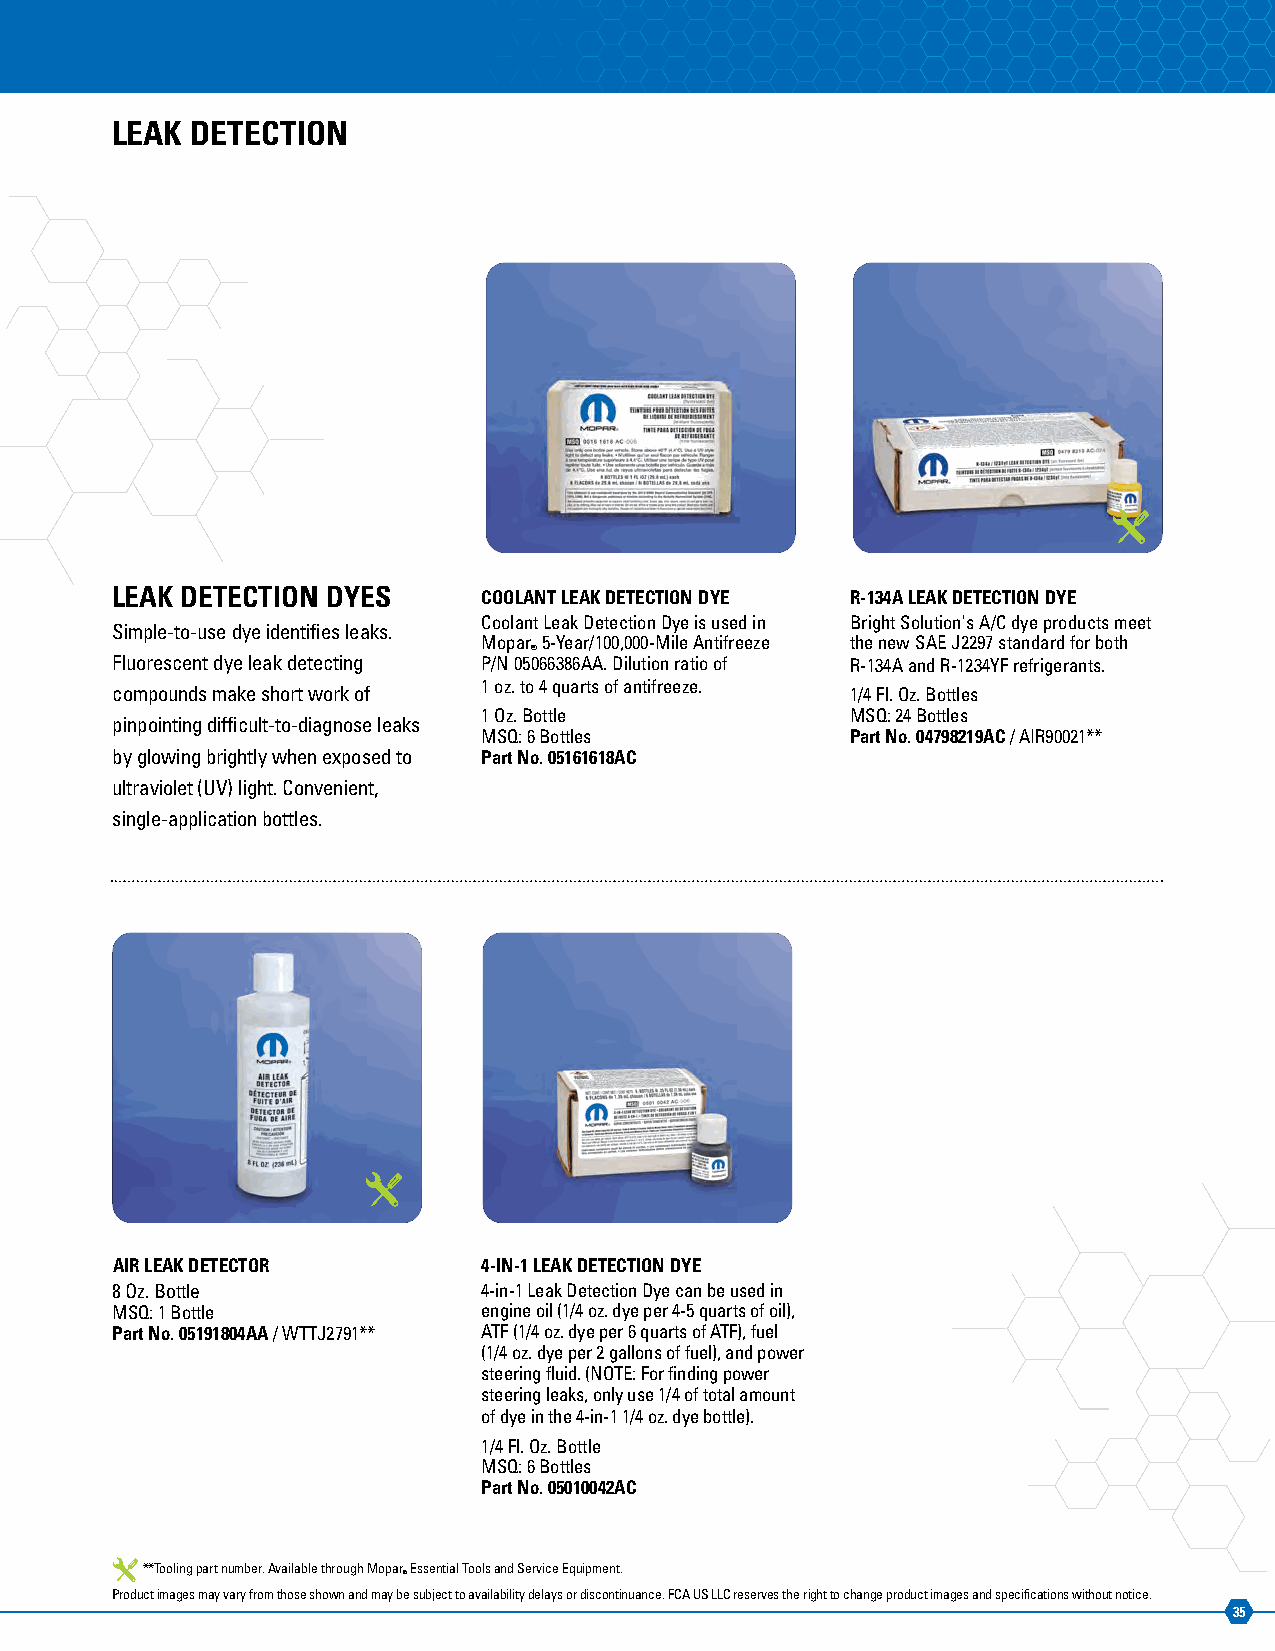
LEAK  DETECTION
 LEAK DETECTION DYES      COOLANT LEAK DETECTION DYE R-134A LEAK DETECTION DYE
 Coolant Leak Detection Dye is used in Bright Solution's A/C dye products meet
 Simple-to-use dye identifies leaks.
 Mopar 5-Year/100,000-Mile Antifreeze the new SAE J2297 standard for both
 ®
 Fluorescent dye leak detecting P/N 05066386AA. Dilution ratio of R-134A and R-1234YF refrigerants.
 1 oz. to 4 quarts of antifreeze.
 compounds make short work of                     1/4 Fl. Oz. Bottles
 1 Oz. Bottle            MSQ: 24 Bottles
 pinpointing difficult-to-diagnose leaks
 MSQ: 6 Bottles          Part No. 04798219AC / AIR90021**
 by glowing brightly when exposed to Part No. 05161618AC
 ultraviolet (UV) light. Convenient,
 single-application bottles.
 AIR LEAK DETECTOR        4-IN-1 LEAK DETECTION DYE
 8 Oz. Bottle             4-in-1 Leak Detection Dye can be used in
 MSQ: 1 Bottle            engine oil (1/4 oz. dye per 4-5 quarts of oil),
 Part No. 05191804AA / WTTJ2791** ATF (1/4 oz. dye per 6 quarts of ATF), fuel
 (1/4 oz. dye per 2 gallons of fuel), and power
 steering fluid. (NOTE: For finding power
 steering leaks, only use 1/4 of total amount
 of dye in the 4-in-1 1/4 oz. dye bottle).
 1/4 Fl. Oz. Bottle
 MSQ: 6 Bottles
 Part No. 05010042AC
 **Tooling part number. Available through Mopar Essential Tools and Service Equipment.
 ®
 Product images may vary from those shown and may be subject to availability delays or discontinuance. FCA US LLC reserves the right to change product images and specifications without notice.
 35